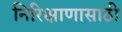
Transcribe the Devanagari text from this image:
निरिक्षाणासाठी